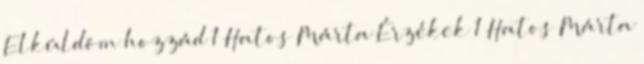
Elküldöm hozzád 1 Hatos Márta Érzékek 1 Hatos Márta